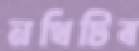
নথিটিব